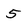
Character: 5